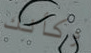
وكأنك